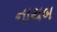
નાયબ